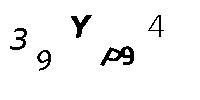
39YP94